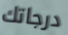
درجاتك